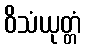
ဝိသံယုတ္တံ